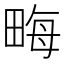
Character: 畮